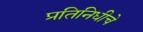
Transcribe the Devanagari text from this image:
प्रतिनिधीचे